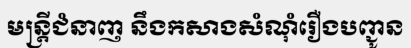
មន្ត្រីជំនាញ នឹងកសាងសំណុំរឿងបញ្ជូន